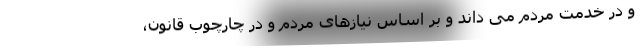
و در خدمت مردم می داند و بر اساس نیازهای مردم و در چارچوب قانون،